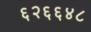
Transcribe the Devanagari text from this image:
६२६६४८